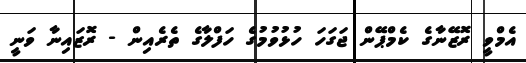
އެމްވީ ރޮޒޭނާގެ ކެމްޕޭން ޖަގަހަ ހުޅުވުމުގެ ހަފްލާގެ ތެރެއިން - ރޮޒައިނާ ވަނީ